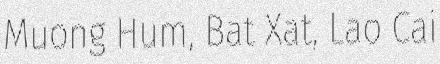
Muong Hum, Bat Xat, Lao Cai